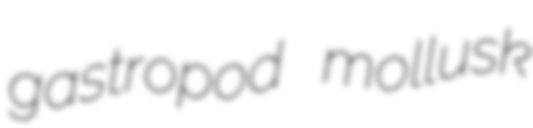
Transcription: gastropod mollusk